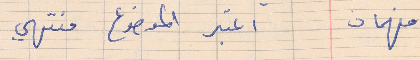
فهمان    اعتبر الموضوع منتهي